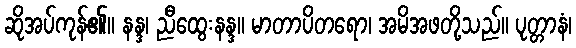
ဆိုအပ်ကုန်၏။ နန္ဒ၊ ညီထွေးနန္ဒ။ မာတာပိတရော၊ အမိအဖတို့သည်။ ပုတ္တာနံ၊